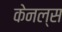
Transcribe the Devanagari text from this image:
केनल्स